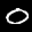
Label: 0